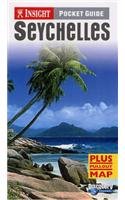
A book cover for Seychelles Insight Pocket Guide; *             ; Travel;